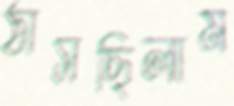
ঠাসছিলাম